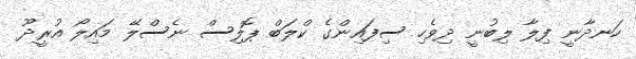
ހަނދާނީ ފިލާ ލިބުނީ ދިވެހި ސިފައިންގެ ކްލަބް ޕޮލިސް ނެސްލޭ މައިލޯ އުރީދޫ